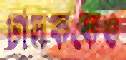
চালককেও